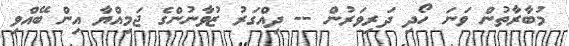
މުބާރާތުން ވަނަ ހޯދި ދަރިވަރުން -- ދިއްގަރު ޒުވާނުންގެ ޖަމިއްޔާ އިން ބޭއްވި